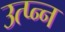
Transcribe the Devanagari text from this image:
उत्प्न्न